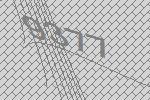
9377